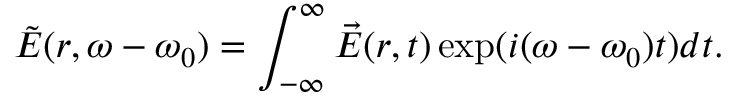
\tilde { E } ( r , \omega - \omega _ { 0 } ) = \int _ { - \infty } ^ { \infty } \vec { E } ( r , t ) \exp ( i ( \omega - \omega _ { 0 } ) t ) d t .